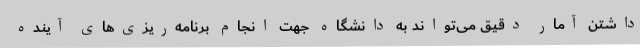
داشتن آمار دقیق می‌تواند به دانشگاه جهت انجام برنامه‌ریزی‌های آینده